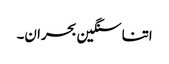
اتنا سنگین بحران۔